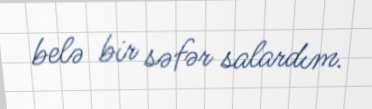
belə bir səfər salardım.